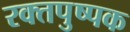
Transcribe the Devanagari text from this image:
रक्तपुष्पक